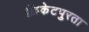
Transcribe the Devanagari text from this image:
क्रिकेटपुरता